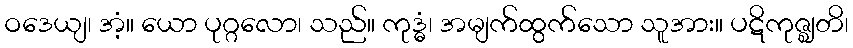
ဝဒေယျ၊ အံ့။ ယော ပုဂ္ဂလော၊ သည်။ ကုဒ္ဓံ၊ အမျက်ထွက်သော သူအား။ ပဋိကုဇ္ဈတိ၊